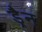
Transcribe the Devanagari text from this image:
ड्रैन